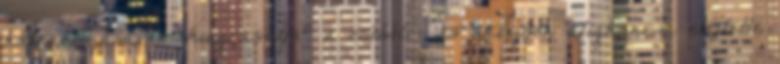
hátrahúzásával "kiugrasztja" a csőből - és eközben alighanem elejtette